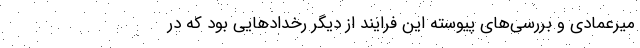
میرعمادی و بررسی‌های پیوسته این فرایند از دیگر رخدادهایی بود که در